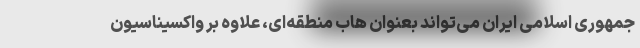
جمهوری اسلامی ایران می‌تواند بعنوان هاب منطقه‌ای، علاوه بر واکسیناسیون